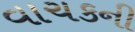
વાચકની